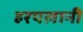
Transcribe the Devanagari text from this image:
हरपलानी